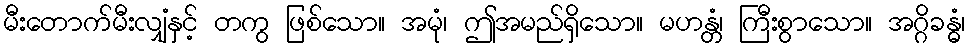
မီးတောက်မီးလျှံနှင့် တကွ ဖြစ်သော။ အမုံ၊ ဤအမည်ရှိသော။ မဟန္တံ၊ ကြီးစွာသော။ အဂ္ဂိခန္ဓံ၊